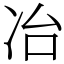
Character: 冶